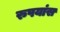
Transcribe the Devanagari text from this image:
रुपयांस